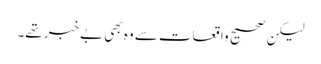
لیکن صحیح واقعات سے وہ بھی بے خبر تھے۔